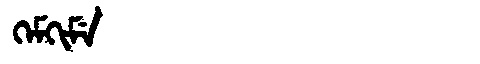
Manchu: ᡴᡝᠮᡴᡳᠮᡝ
Romanization: KEMKIME